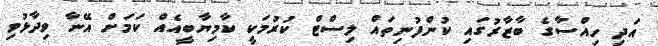
އަދި ހިއްސާގެ ބާޒާރުގައި ކުންފުނިތައް ލިސްޓް ކުރުމަކީ ކާމިޔާބީއެއް ކަމަށް އޭނާ ވިދާޅުވި